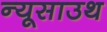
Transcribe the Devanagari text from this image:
न्यूसाउथ